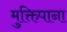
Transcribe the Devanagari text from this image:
मुक्तिपाना